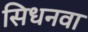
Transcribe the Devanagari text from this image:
सिधनवा